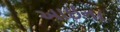
આઈના